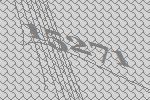
15271